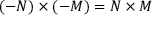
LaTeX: ( - N ) \times ( - M ) = N \times M